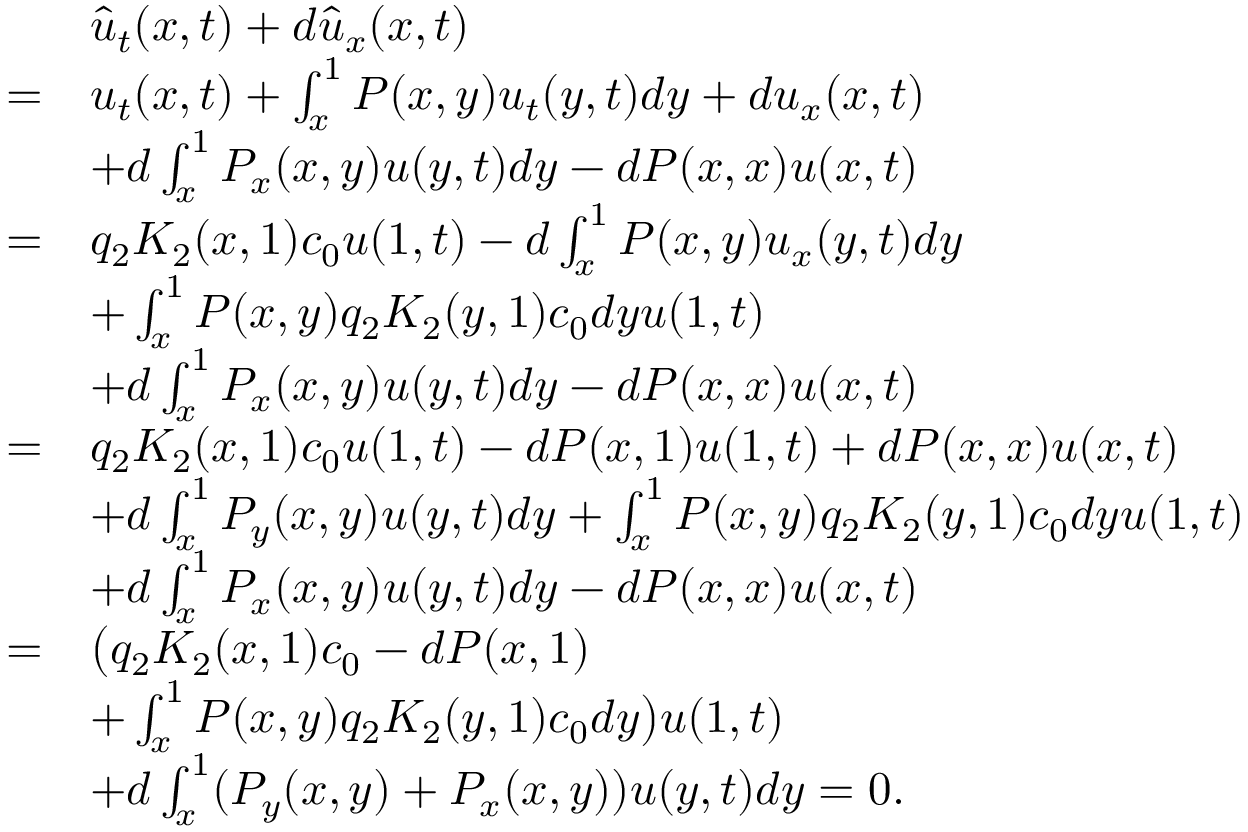
\begin{array} { r l } & { \hat { u } _ { t } ( x , t ) + d \hat { u } _ { x } ( x , t ) } \\ { = } & { u _ { t } ( x , t ) + \int _ { x } ^ { 1 } P ( x , y ) u _ { t } ( y , t ) d y + d u _ { x } ( x , t ) } \\ & { + d \int _ { x } ^ { 1 } P _ { x } ( x , y ) u ( y , t ) d y - d P ( x , x ) u ( x , t ) } \\ { = } & { q _ { 2 } K _ { 2 } ( x , 1 ) c _ { 0 } u ( 1 , t ) - d \int _ { x } ^ { 1 } P ( x , y ) u _ { x } ( y , t ) d y } \\ & { + \int _ { x } ^ { 1 } P ( x , y ) q _ { 2 } K _ { 2 } ( y , 1 ) c _ { 0 } d y u ( 1 , t ) } \\ & { + d \int _ { x } ^ { 1 } P _ { x } ( x , y ) u ( y , t ) d y - d P ( x , x ) u ( x , t ) } \\ { = } & { q _ { 2 } K _ { 2 } ( x , 1 ) c _ { 0 } u ( 1 , t ) - d P ( x , 1 ) u ( 1 , t ) + d P ( x , x ) u ( x , t ) } \\ & { + d \int _ { x } ^ { 1 } P _ { y } ( x , y ) u ( y , t ) d y + \int _ { x } ^ { 1 } P ( x , y ) q _ { 2 } K _ { 2 } ( y , 1 ) c _ { 0 } d y u ( 1 , t ) } \\ & { + d \int _ { x } ^ { 1 } P _ { x } ( x , y ) u ( y , t ) d y - d P ( x , x ) u ( x , t ) } \\ { = } & { \big ( q _ { 2 } K _ { 2 } ( x , 1 ) c _ { 0 } - d P ( x , 1 ) } \\ & { + \int _ { x } ^ { 1 } P ( x , y ) q _ { 2 } K _ { 2 } ( y , 1 ) c _ { 0 } d y \big ) u ( 1 , t ) } \\ & { + d \int _ { x } ^ { 1 } ( P _ { y } ( x , y ) + P _ { x } ( x , y ) ) u ( y , t ) d y = 0 . } \end{array}